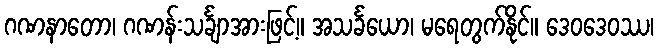
ဂဏနာတော၊ ဂဏန်းသင်္ချာအားဖြင့်။ အသင်္ခယော၊ မရေတွက်နိုင်။ ဒေဝဒေဝဿ၊